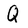
Character: Q